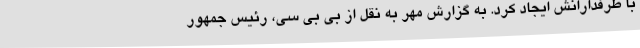
با طرفدارانش ایجاد کرد. به گزارش مهر به نقل از بی بی سی، رئیس جمهور